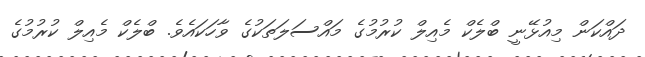
ދައްކަން މިއުޅޭނީ ބްލެކް މެއިލް ކުރުމުގެ މައްސަލަތަކުގެ ވާހަކައެވެ. ބްލެކް މެއިލް ކުރުމުގެ